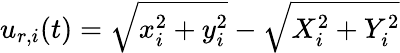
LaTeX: u_{r,i}(t)=\sqrt{x_{i}^{2}+y_{i}^{2}}-\sqrt{X_{i}^{2}+Y_{i}^{2}}